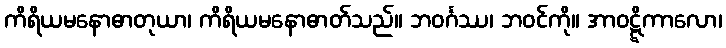
ကိရိယမနောဓာတုယာ၊ ကိရိယမနောဓာတ်သည်။ ဘဝင်္ဂဿ၊ ဘဝင်ကို။ အာဝဋ္ဋိကာလော၊